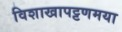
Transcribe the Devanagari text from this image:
विशाखापट्टणमया